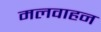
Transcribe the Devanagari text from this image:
मलवाहन